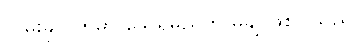
လမ်းခုလတ်မှာ သေရမည်က မုချ ဖြစ်ပါသည်။